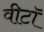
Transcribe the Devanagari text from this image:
वीटॉ